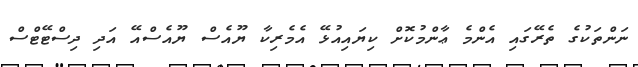
ނަންތަކުގެ ތެރޭގައި އެންމެ ޢާންމުކޮށް ކިޔައިއުޅޭ އެމެރިކާ ޔޫއެސް ޔޫއެސްއޭ އަދި ދިސްޓޭޓްސް